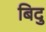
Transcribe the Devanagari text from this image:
बिदु